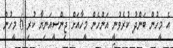
އެ މީހުން ބަންދު ކުރެވުނީ އަންހެން މީހާއަށް ޖިންސީއަނިޔާ ކުރި 6 މީހުން